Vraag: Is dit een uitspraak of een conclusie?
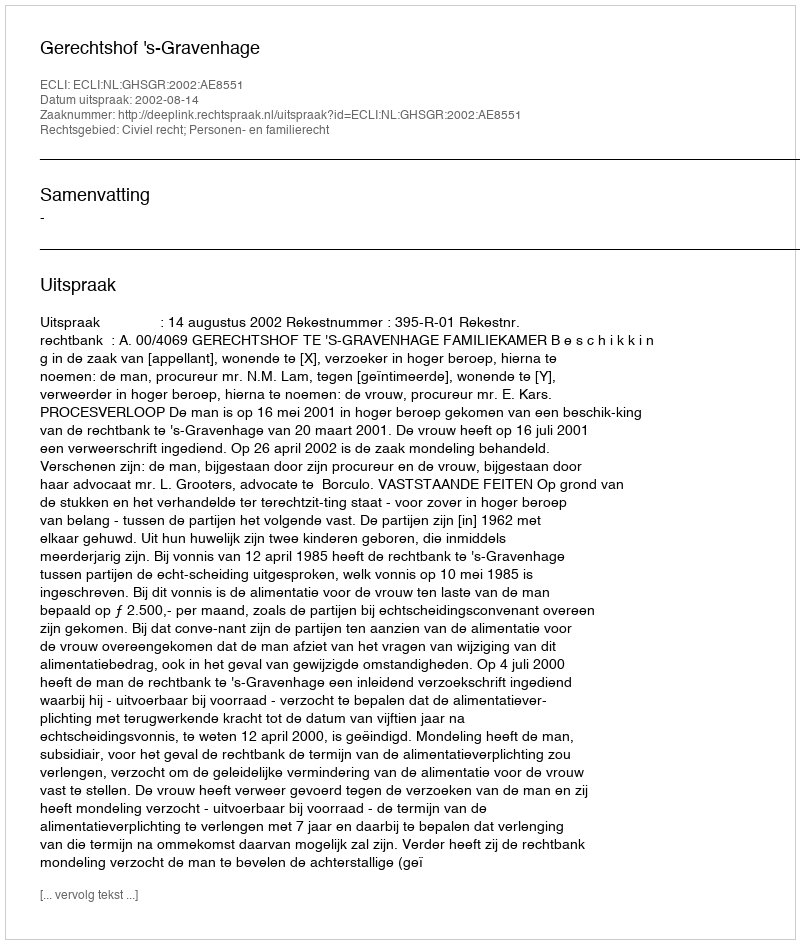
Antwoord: Uitspraak